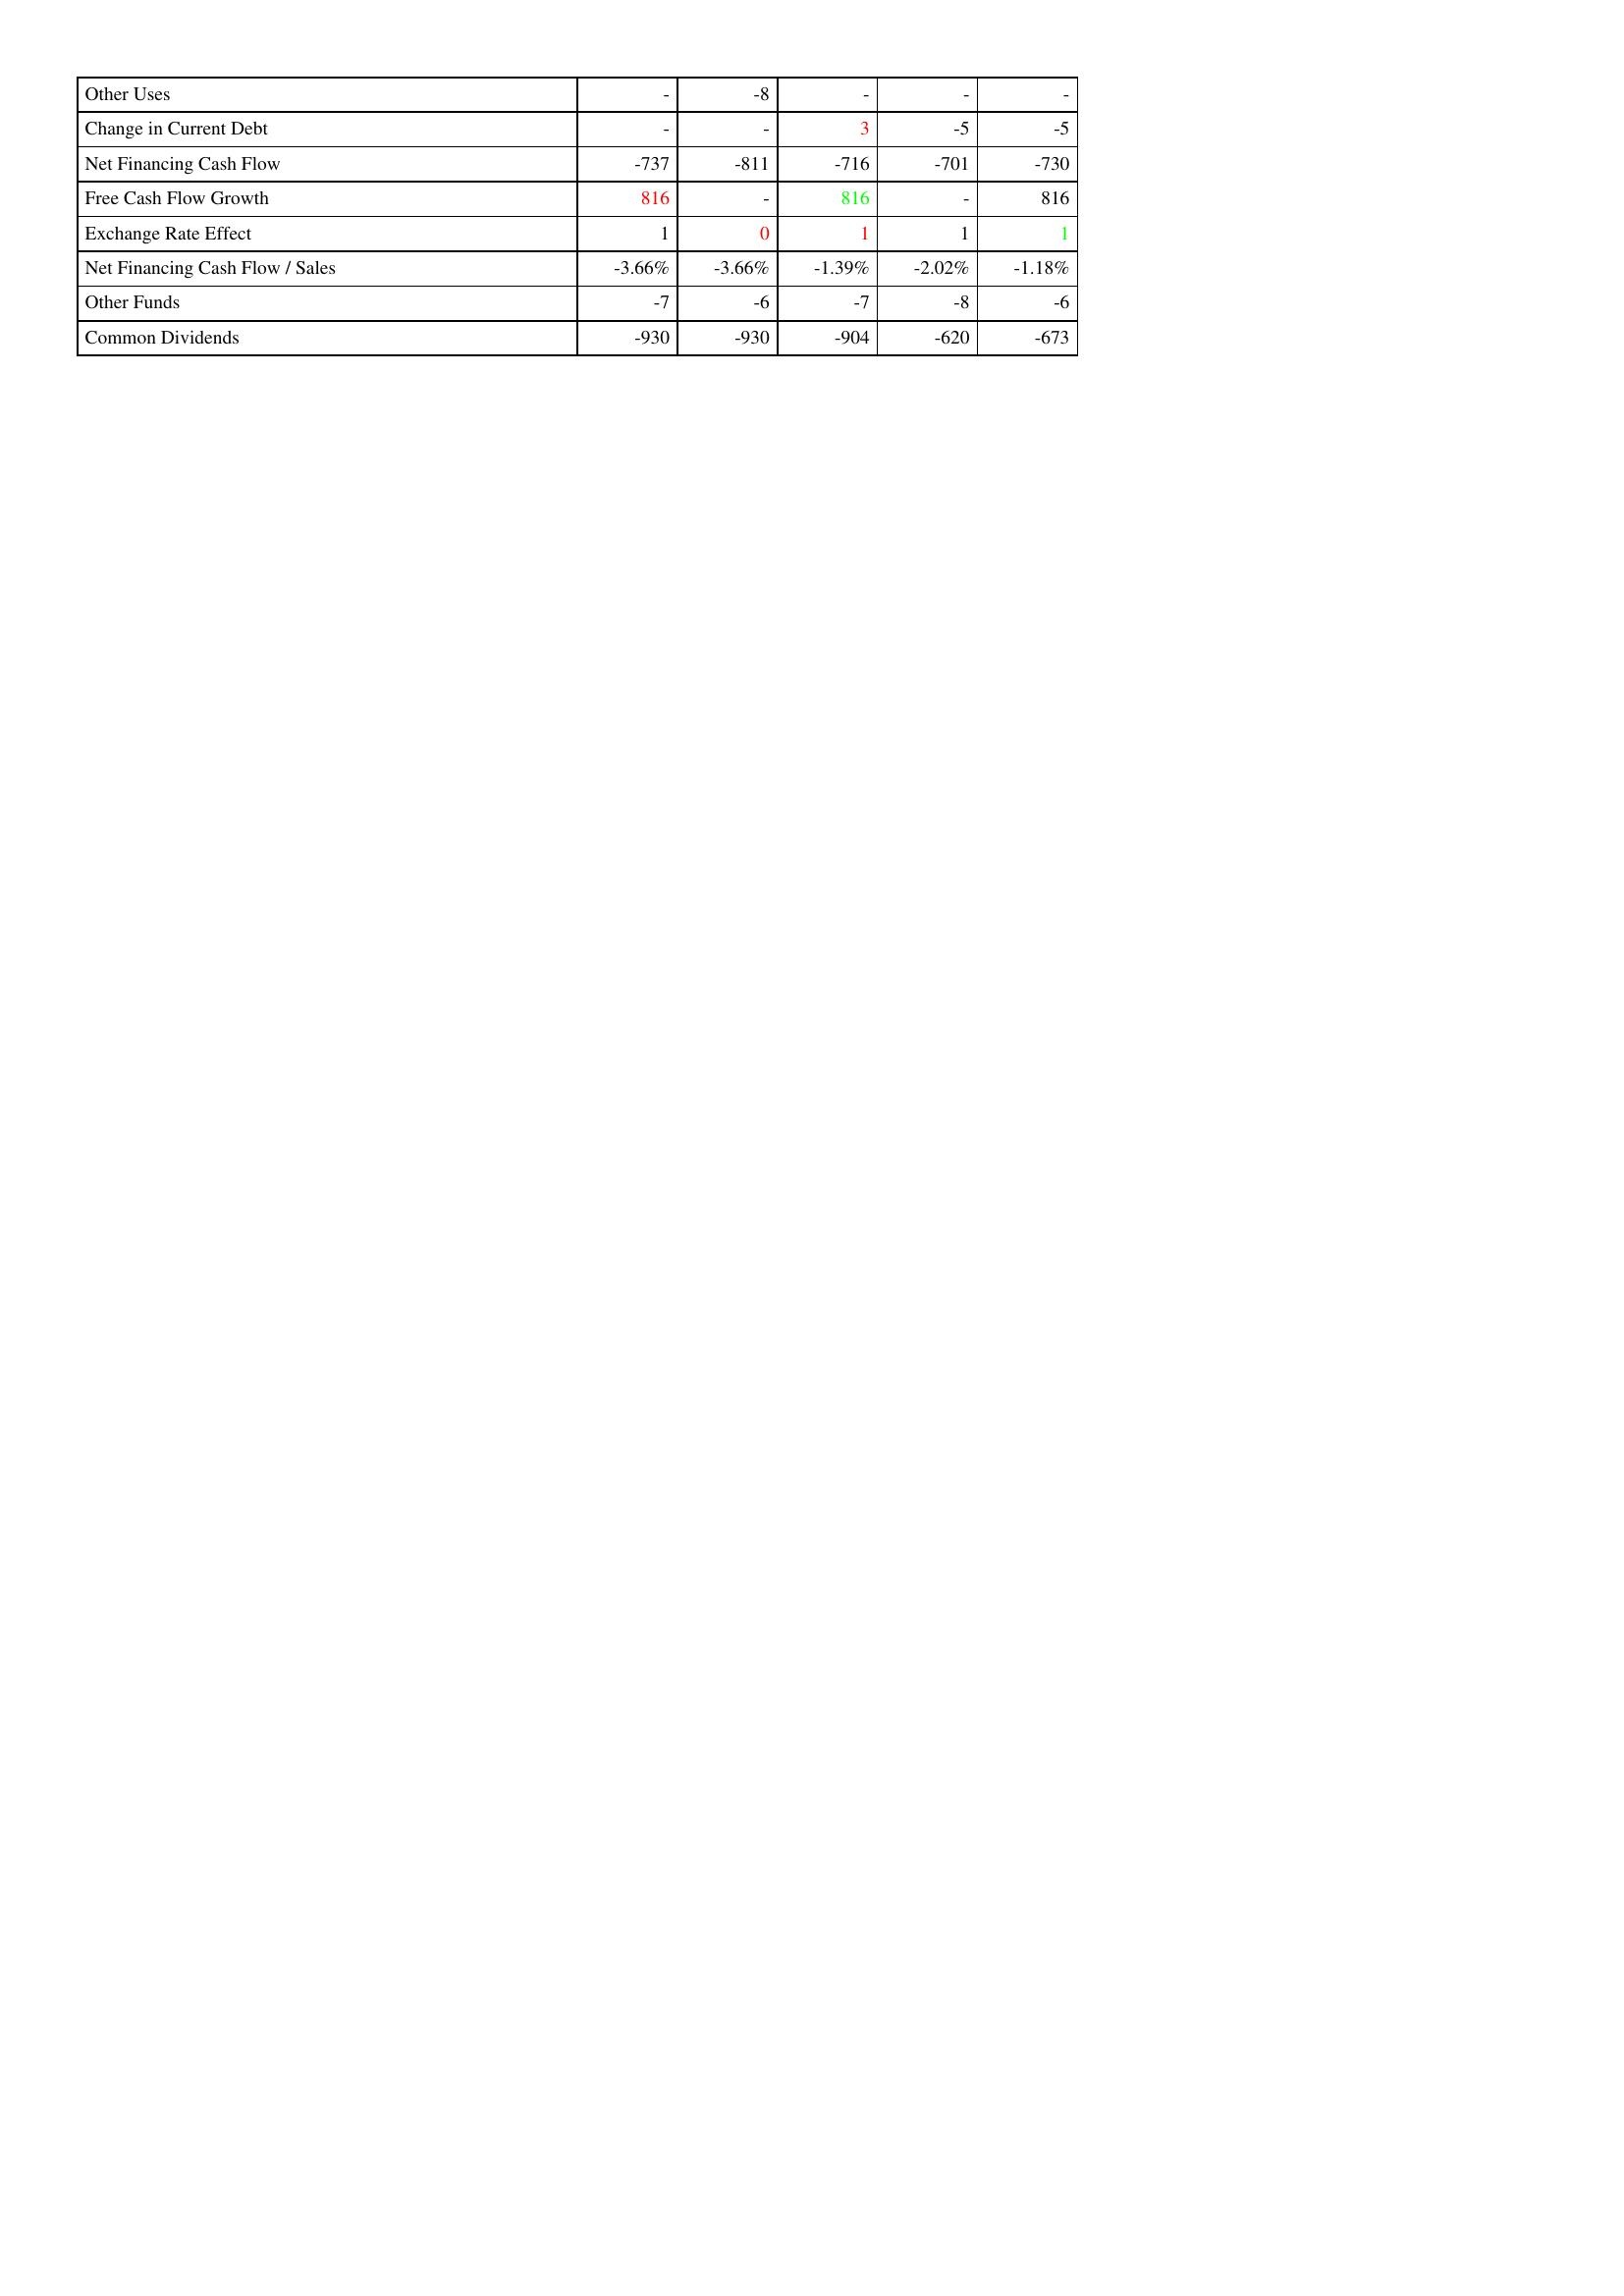
gt_parse: 2012: Financing Activities: Other Uses: -
Change in Current Debt: -
Net Financing Cash Flow: -737
Free Cash Flow Growth: 816
Exchange Rate Effect: 1
Net Financing Cash Flow / Sales: -3.66%
Other Funds: -7
Common Dividends: -930
2013: Financing Activities: Other Uses: -8
Change in Current Debt: -
Net Financing Cash Flow: -811
Free Cash Flow Growth: -
Exchange Rate Effect: 0
Net Financing Cash Flow / Sales: -3.66%
Other Funds: -6
Common Dividends: -930
2014: Financing Activities: Other Uses: -
Change in Current Debt: 3
Net Financing Cash Flow: -716
Free Cash Flow Growth: 816
Exchange Rate Effect: 1
Net Financing Cash Flow / Sales: -1.39%
Other Funds: -7
Common Dividends: -904
2015: Financing Activities: Other Uses: -
Change in Current Debt: -5
Net Financing Cash Flow: -701
Free Cash Flow Growth: -
Exchange Rate Effect: 1
Net Financing Cash Flow / Sales: -2.02%
Other Funds: -8
Common Dividends: -620
2016: Financing Activities: Other Uses: -
Change in Current Debt: -5
Net Financing Cash Flow: -730
Free Cash Flow Growth: 816
Exchange Rate Effect: 1
Net Financing Cash Flow / Sales: -1.18%
Other Funds: -6
Common Dividends: -673